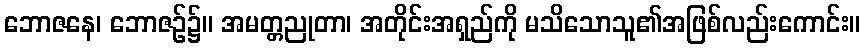
ဘောဇနေ၊ ဘောဇဉ်၌။ အမတ္တညုတာ၊ အတိုင်းအရှည်ကို မသိသောသူ၏အဖြစ်လည်းကောင်း။